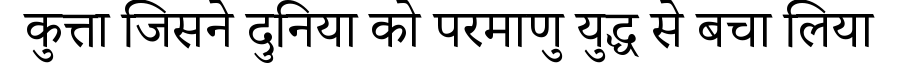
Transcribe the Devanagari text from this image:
कुत्ता जिसने दुनिया को परमाणु युद्ध से बचा लिया